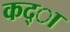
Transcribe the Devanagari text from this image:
कद्ा